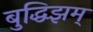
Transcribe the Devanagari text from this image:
बुद्धिझम्